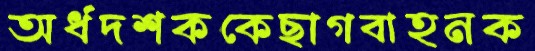
অর্ধদশককেছাগবাহনক